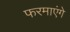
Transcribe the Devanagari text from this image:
फरमाएंगे